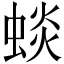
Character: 䗊